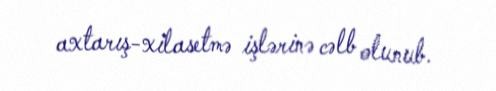
axtarış-xilasetmə işlərinə cəlb olunub.